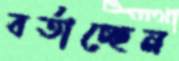
বর্তাচ্ছেন